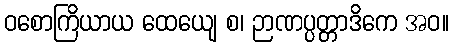
ဝစောကြိယာယ ထေယျေ စ၊ ဉာဏပ္ပတ္တာဒိကေ အဝ။